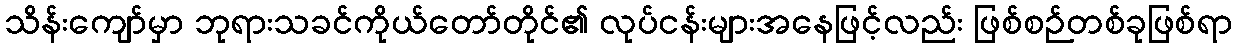
သိန်းကျော်မှာ ဘုရားသခင်ကိုယ်တော်တိုင်၏ လုပ်ငန်းများအနေဖြင့်လည်း ဖြစ်စဉ်တစ်ခုဖြစ်ရာ